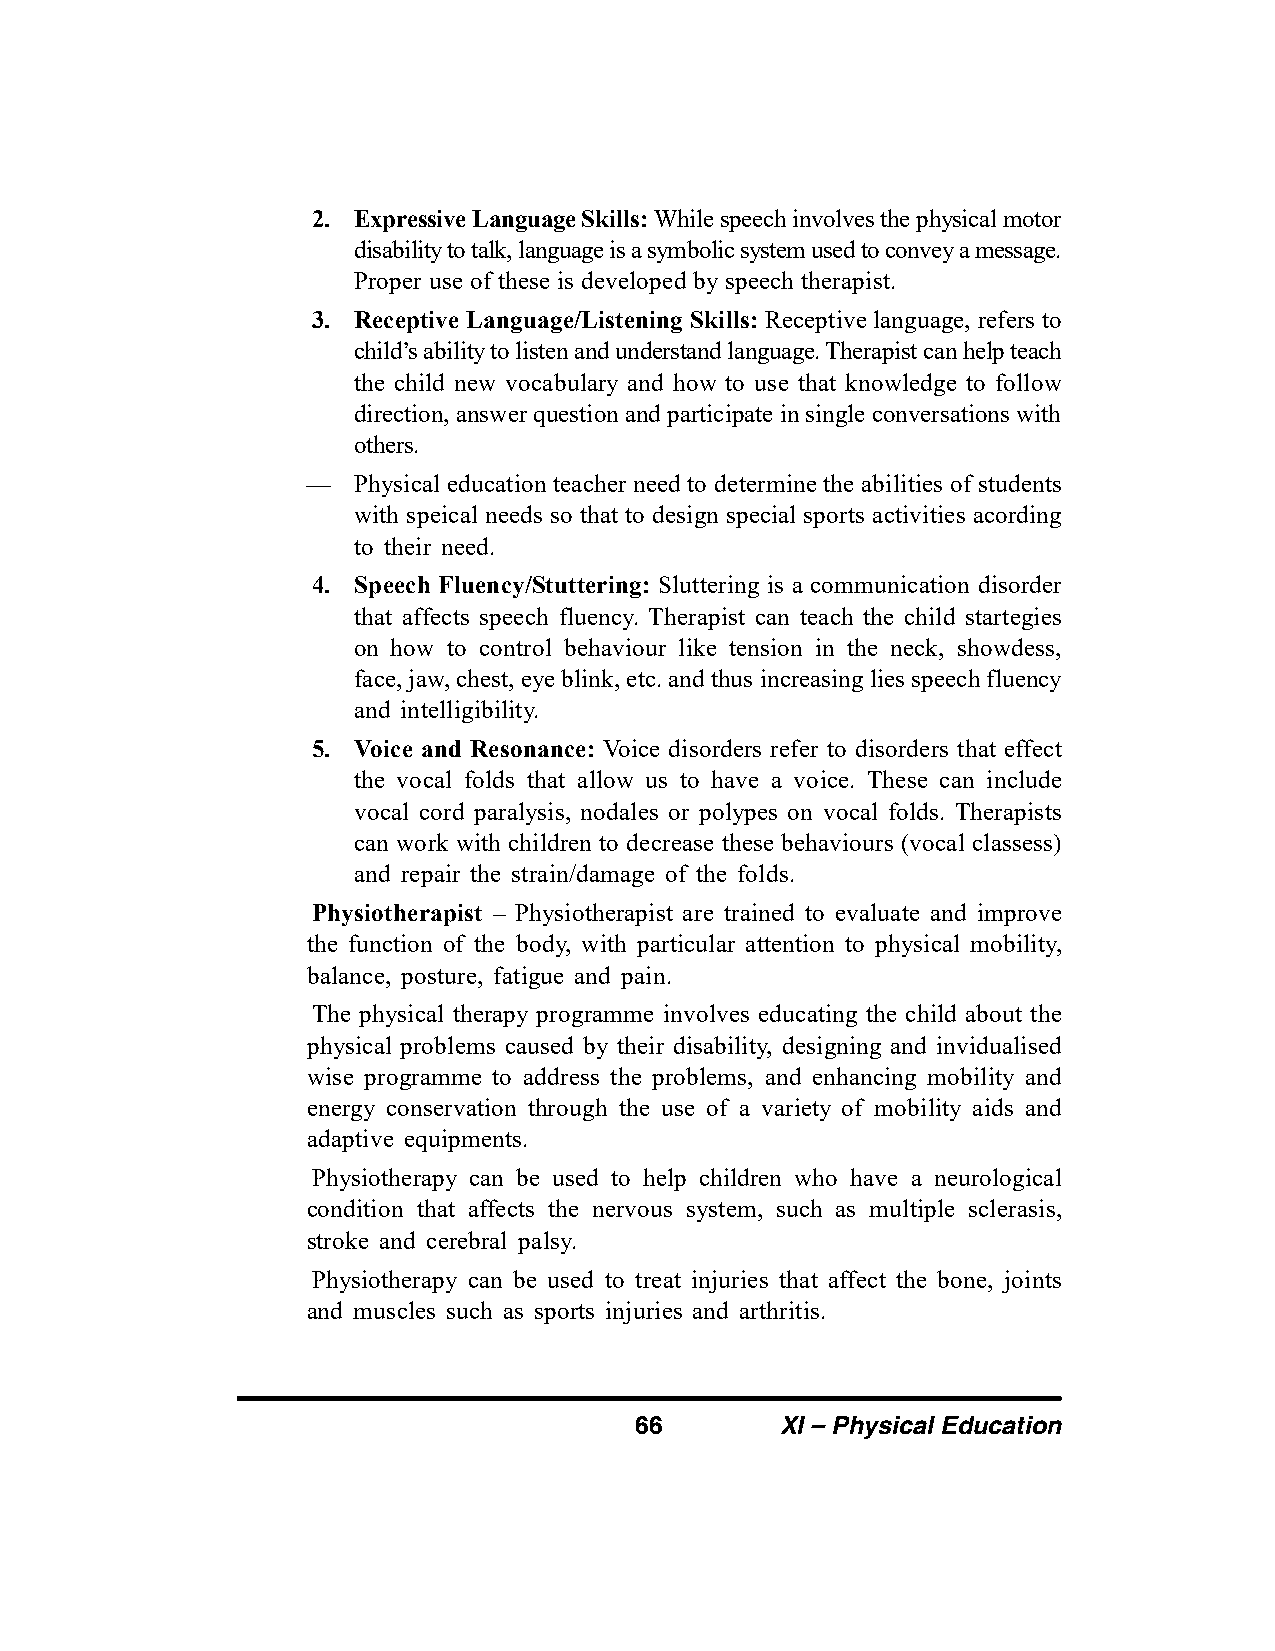
2. Expressive Language Skills: While speech involves the physical motor
 disability to talk, language is a symbolic system used to convey a message.
 Proper use of these is developed by speech therapist.
 3. Receptive Language/Listening Skills: Receptive language, refers to
 child’s ability to listen and understand language. Therapist can help teach
 the child new vocabulary and how to use that knowledge to follow
 direction, answer question and participate in single conversations with
 others.
 —  Physical education teacher need to determine the abilities of students
 with speical needs so that to design special sports activities acording
 to their need.
 4. Speech Fluency/Stuttering: Sluttering is a communication disorder
 that affects speech fluency. Therapist can teach the child startegies
 on how to control behaviour like tension in the neck, showdess,
 face, jaw, chest, eye blink, etc. and thus increasing lies speech fluency
 and intelligibility.
 5. Voice and Resonance: Voice disorders refer to disorders that effect
 the vocal folds that allow us to have a voice. These can include
 vocal cord paralysis, nodales or polypes on vocal folds. Therapists
 can work with children to decrease these behaviours (vocal classess)
 and repair the strain/damage of the folds.
 Physiotherapist – Physiotherapist are trained to evaluate and improve
 the function of the body, with particular attention to physical mobility,
 balance, posture, fatigue and pain.
 The physical therapy programme involves educating the child about the
 physical problems caused by their disability, designing and invidualised
 wise programme to address the problems, and enhancing mobility and
 energy conservation through the use of a variety of mobility aids and
 adaptive equipments.
 Physiotherapy can be used to help children who have a neurological
 condition that affects the nervous system, such as multiple sclerasis,
 stroke and cerebral palsy.
 Physiotherapy can be used to treat injuries that affect the bone, joints
 and muscles such as sports injuries and arthritis.
 66        XI – Physical Education